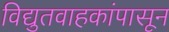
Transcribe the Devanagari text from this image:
विद्युतवाहकांपासून